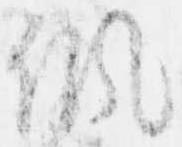
諷